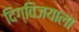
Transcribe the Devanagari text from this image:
दिग्विजयाला